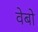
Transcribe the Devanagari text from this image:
वेबो